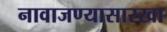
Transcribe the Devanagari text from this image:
नावाजण्यासारखा